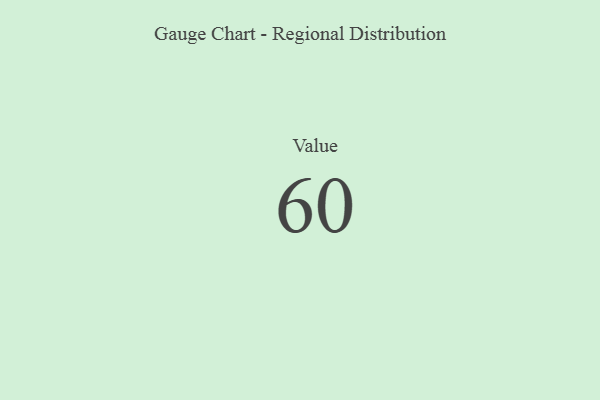
{"axis": {"x": "Metric", "y": "Value"}, "legend": [""], "data": [{"x": "Value", "y": 60, "type": ""}]}